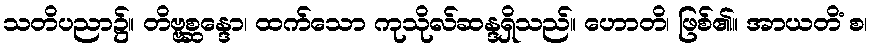
သတိပညာ၌။ တိဗ္ဗစ္ဆန္ဒော၊ ထက်သော ကုသိုလ်ဆန္ဒရှိသည်။ ဟောတိ၊ ဖြစ်၏။ အာယတိံ စ၊